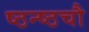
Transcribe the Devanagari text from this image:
ष्ठन्ष्ठचौ